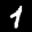
Label: 1